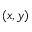
( x , y )